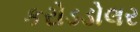
કરોડડોલર